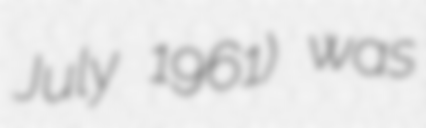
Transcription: July 1961) was